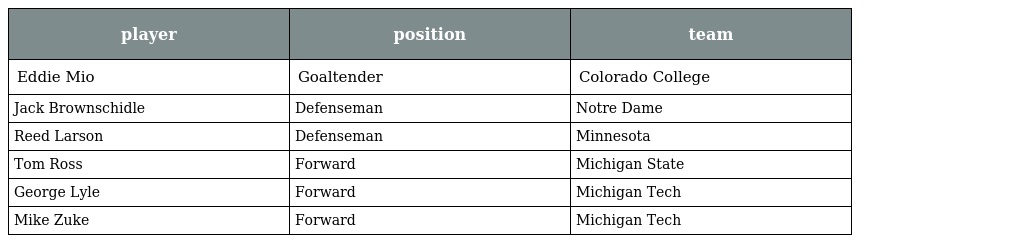
| player | position | team |
 | --- | --- | --- |
 | Eddie Mio | Goaltender | Colorado College |
 | Jack Brownschidle | Defenseman | Notre Dame |
 | Reed Larson | Defenseman | Minnesota |
 | Tom Ross | Forward | Michigan State |
 | George Lyle | Forward | Michigan Tech |
 | Mike Zuke | Forward | Michigan Tech |